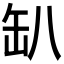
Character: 𰭂